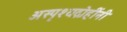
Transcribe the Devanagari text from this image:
अस्पृश्यद्रोहींनी